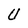
Character: U